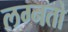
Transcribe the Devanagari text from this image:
लग्नतो